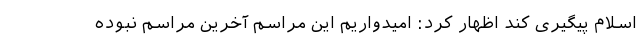
اسلام پیگیری کند اظهار کرد: امیدواریم این مراسم آخرین مراسم نبوده